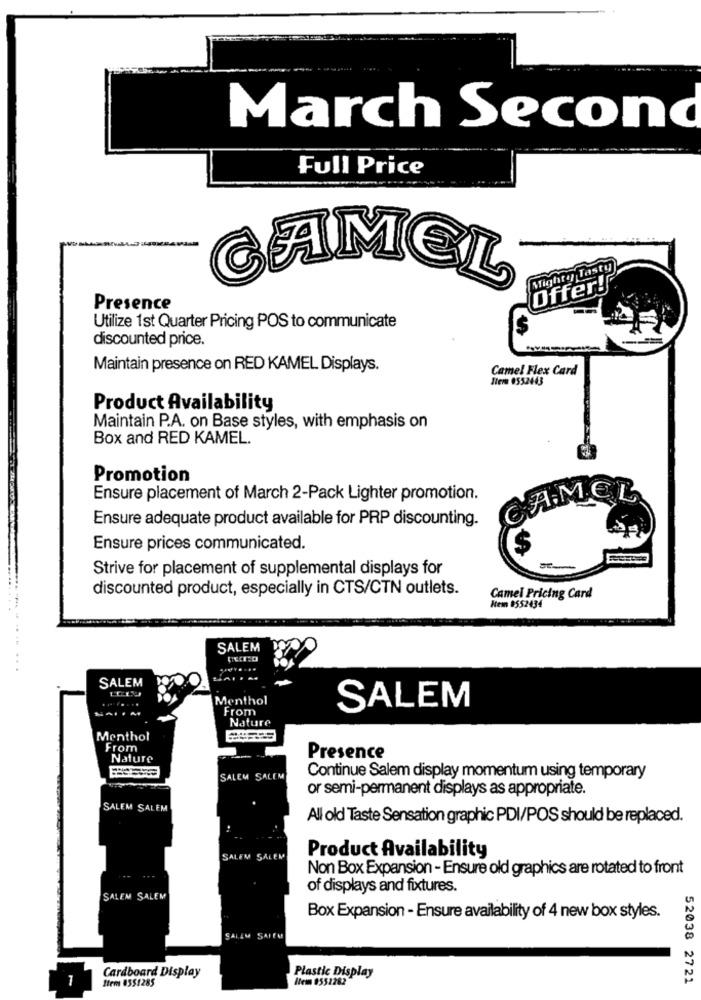
March Second
Full Price
Mighty Tasty
CAMEL
Offer !!
Presence
Utilize 1st Quarter Pricing POS to communicate
discounted price.
Maintain presence on RED KAMEL Displays.
Camel Flex Card
Item 0552443
Product Availability
Maintain P.A. on Base styles, with emphasis on
Box and RED KAMEL.
Promotion
Ensure placement of March 2-Pack Lighter promotion.
CAMEL
Ensure adequate product available for PRP discounting.
Ensure prices communicated.
Strive for placement of supplemental displays for
discounted product, especially in CTS/CTN outlets.
Camel Pricing Card
Nein 9552434
SALEM
........
SALEM
Menthol
From
SALEM
Nature
Menthol
From
Nature
Presence
SALEM SALEM
Continue Salem display momentum using temporary
or semi-permanent displays as appropriate.
SALEM SALEM
All old Taste Sensation graphic PDI/POS should be replaced.
Product Availability
SALEM SALEM
Non Box Expansion -Ensure old graphics are rotated to front
of displays and fixtures.
SALEM SALEM
Box Expansion - Ensure availability of 4 new box styles.
SALEM SAIEM
1
Cardboard Display
Nem 9552282
Plastic Display
52038 2721
Item 0551285